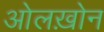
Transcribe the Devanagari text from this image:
ओलख़ोन